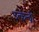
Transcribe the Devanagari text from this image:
उत्केन्द्री